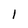
Character: 1